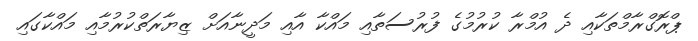
ޕްރޮގްރާމްތަކާއި ދެ އުމްރާ ކުރުމުގެ ފުރުސަތާއި މައްކާ އާއި މަދީނާއަށް ޒިޔާރަތްކުރުމާއި މައްކާގައި